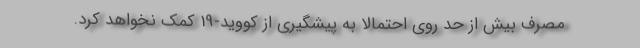
مصرف بیش از حد روی احتمالا به پیشگیری از کووید-19 کمک نخواهد کرد.